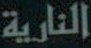
النارية